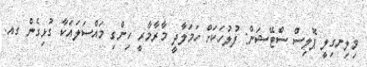
ވިލިނގިލީ ޕޮލިސް ސްޓޭޝަން: ފުލުހަކަށް ހަމަލާދީ މާރާމާރީ ހިންގި މައްސަލައަކާ ގުޅިގެން ގއ.